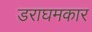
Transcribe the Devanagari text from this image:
डराघमकार